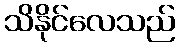
သိနိုင်လေသည်